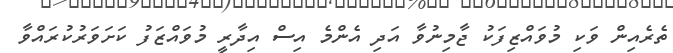
ތެރެއިން ވަކި މުވައްޒިފަކު ޖާމިނުވާ އަދި އެންމެ އިސް އިދާރީ މުވައްޒަފު ކަށަވަރުކުރައްވާ